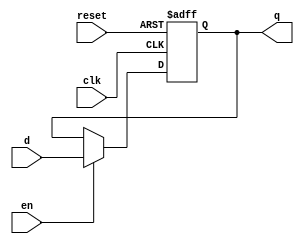
`timescale 1ns / 1ps
module ParaRegFile #(parameter WIDTH = 32) (
  input       clk, 
  input       en,
  input       reset,
  input       [WIDTH-1:0]  d, 
  output reg  [WIDTH-1:0]  q
  );
  always @(posedge clk, posedge reset)
    if      (reset) q <= 0;
    else if (en)    q <= d;
endmodule